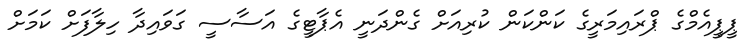
ޕީޕީއެމްގެ ޕްރައިމަރީގެ ކަންކަން ކުރިއަށް ގެންދަނީ އެޕާޓީގެ އަސާސީ ގަވައިދާ ހިލާފަށް ކަމަށް